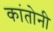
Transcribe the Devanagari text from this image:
कांतोनी